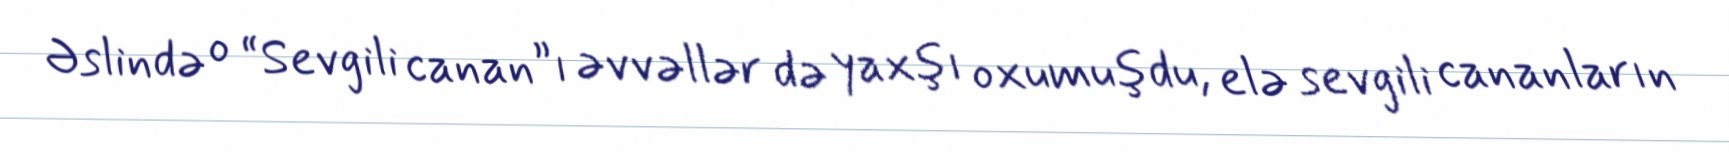
Əslində o “Sevgili canan”ı əvvəllər də yaxşı oxumuşdu, elə sevgili cananların